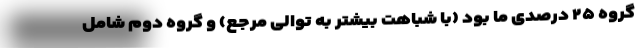
گروه ۲۵ درصدی ما بود (با شباهت بیشتر به توالی مرجع) و گروه دوم شامل